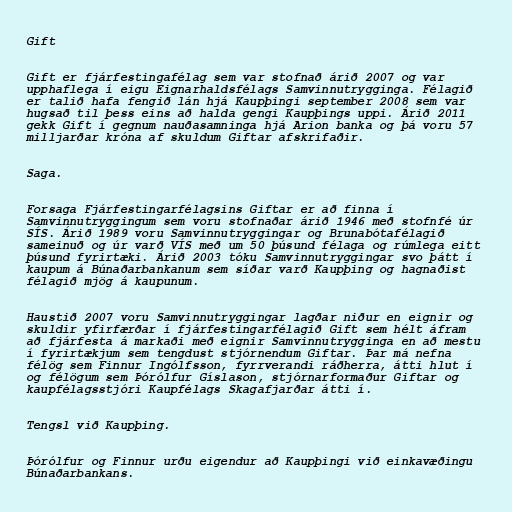
Gift

Gift er fjárfestingafélag sem var stofnað árið 2007 og var
upphaflega í eigu Eignarhaldsfélags Samvinnutrygginga. Félagið
er talið hafa fengið lán hjá Kaupþingi september 2008 sem var
hugsað til þess eins að halda gengi Kaupþings uppi. Árið 2011
gekk Gift í gegnum nauðasamninga hjá Arion banka og þá voru 57
milljarðar króna af skuldum Giftar afskrifaðir.

Saga.

Forsaga Fjárfestingarfélagsins Giftar er að finna í
Samvinnutryggingum sem voru stofnaðar árið 1946 með stofnfé úr
SÍS. Árið 1989 voru Samvinnutryggingar og Brunabótafélagið
sameinuð og úr varð VÍS með um 50 þúsund félaga og rúmlega eitt
þúsund fyrirtæki. Árið 2003 tóku Samvinnutryggingar svo þátt í
kaupum á Búnaðarbankanum sem síðar varð Kaupþing og hagnaðist
félagið mjög á kaupunum.

Haustið 2007 voru Samvinnutryggingar lagðar niður en eignir og
skuldir yfirfærðar í fjárfestingarfélagið Gift sem hélt áfram
að fjárfesta á markaði með eignir Samvinnutrygginga en að mestu
í fyrirtækjum sem tengdust stjórnendum Giftar. Þar má nefna
félög sem Finnur Ingólfsson, fyrrverandi ráðherra, átti hlut í
og félögum sem Þórólfur Gíslason, stjórnarformaður Giftar og
kaupfélagsstjóri Kaupfélags Skagafjarðar átti í.

Tengsl við Kaupþing.

Þórólfur og Finnur urðu eigendur að Kaupþingi við einkavæðingu
Búnaðarbankans.